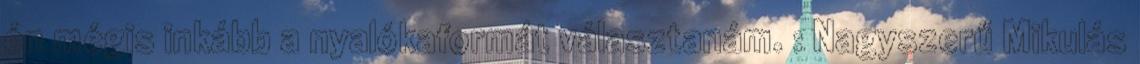
én mégis inkább a nyalókaformát választanám. : Nagyszerű Mikulás